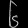
Digit: ၆